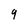
Character: 9